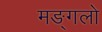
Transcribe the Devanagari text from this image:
मङ्गलो